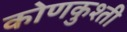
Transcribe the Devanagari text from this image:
कोणकुश्ती